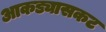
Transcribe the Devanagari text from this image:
आकड्यासकट